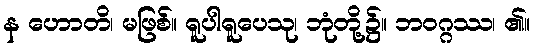
န ဟောတိ၊ မဖြစ်။ ရူပါရူပေသု၊ ဘုံတို့၌။ ဘဝဂ္ဂဿ၊ ၏။